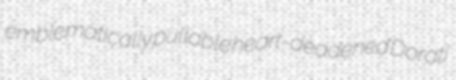
emblematically pullable heart-deadened Dorati